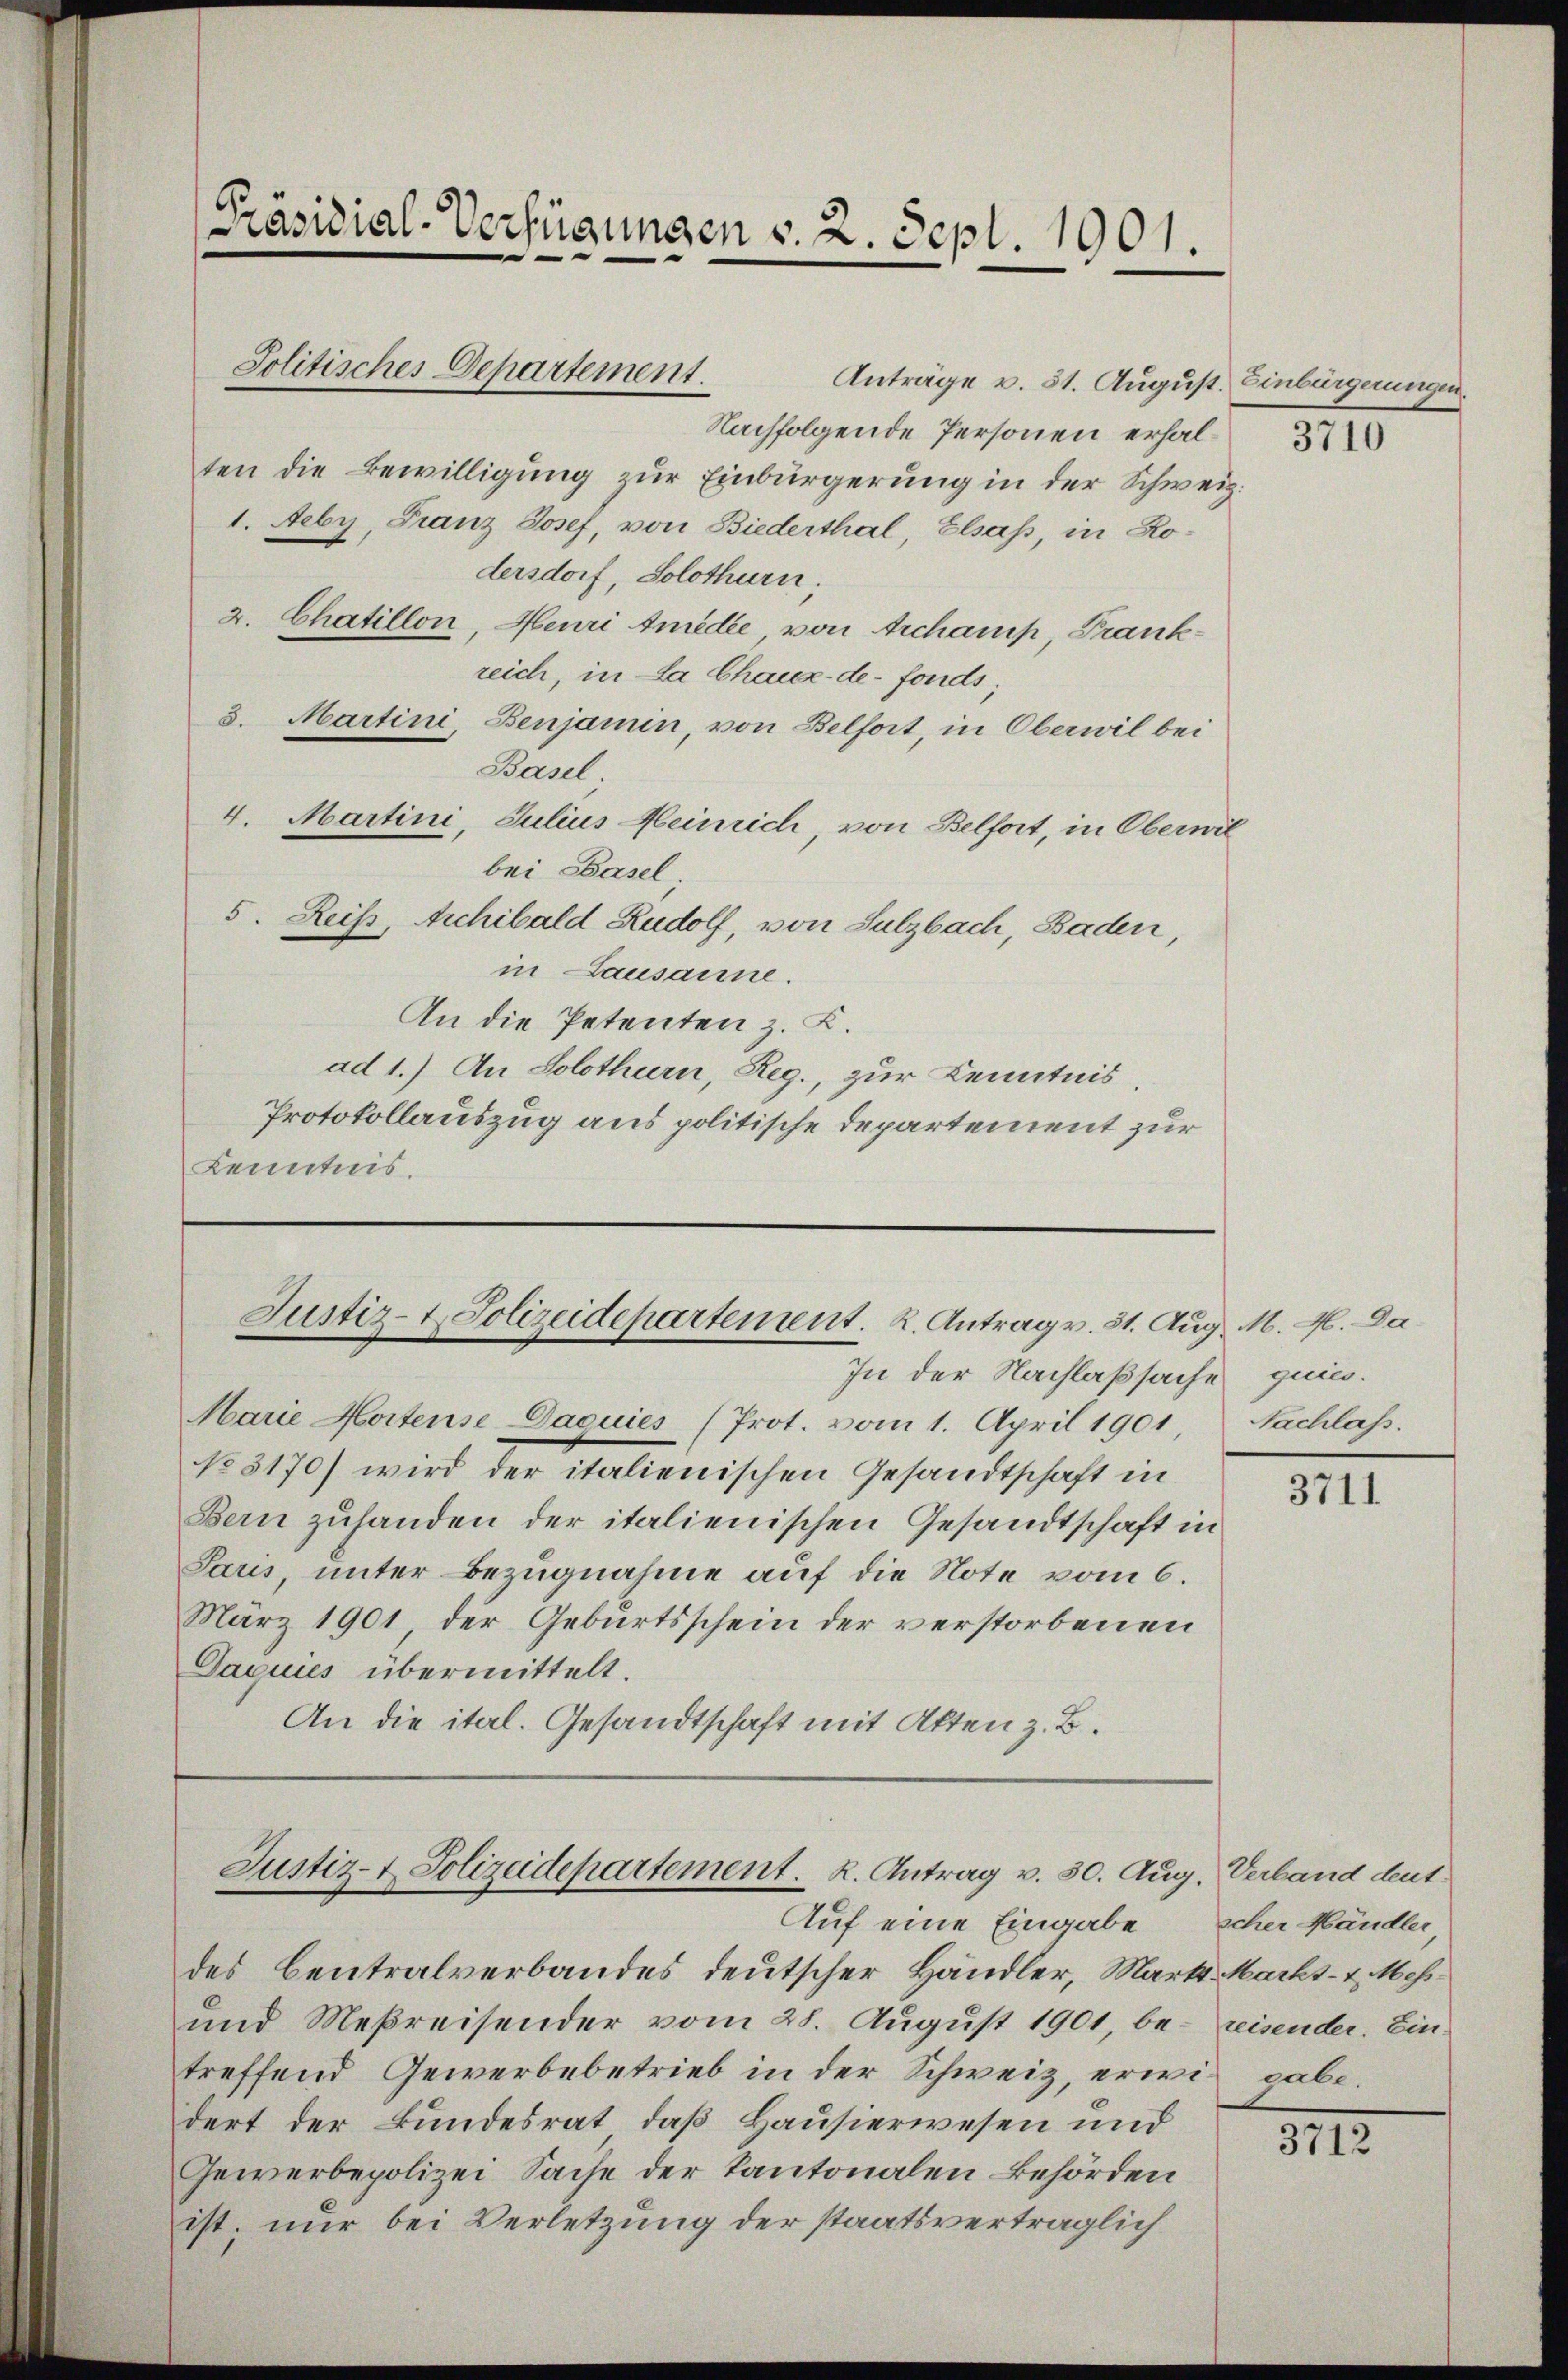
Präsidial-Verfügungen v. 2. Sept. 1001.

Anträge v. 31. August. Einbürgerungen.
Nachfolgende Personen erhalten die Bewilligung zur Einbürgerung in der Schweiz.
1. Neby, Franz Josef, von Biederthal Elsass, in Rodersdorf, Solothurn,
2. Chatillon, Meuri Amidee von Archamp, Frankreich, in La Chaux-de-Fonds,
8. Martini, Benjamin, von Belfort, in Oberwil bei
Basel.
4. Martini, Julius Heinrich, von Belfort, in Obernil
bei Basel
5. Reis, Archibald Rudolf, von Sulzbach, Baden,
in Lausanne.
An die Petenten z. K.
ad 1.) An Solothurn, Reg., zur Kenntnis
Protokollauszug aus politische Departement zur
Kenntnis.

Politisches Departement.

Marie Mortense Dacuiés (Prot. vom 1. April 1901,
No 3170) wird der italienischen Gesandtschaft in
Bern zuhanden der italienischen Gesandtschaft in
Paris, unter Bezugnahme auf die Note vom 6.
März 1901 der Geburtsschein der verstorbenen
Daquies übermittelt.
An die ital. Gesandtschaft mit Akten z. B.

Justiz- & Polizeidepartement. K. Antrag v. 31. Aug. M. M. Da
In der Nachlaßsache

des Centralverbandes deutscher Händler, Mart. Markt- u. Mehr¬
und Meßreisender vom 28. August 1901, be- reisender. Ein-
treffend Gewerbebetrieb in der Schweiz, erwin gabe.
dert der Bundesrat, daß Hausierwesen und
Gewerbepolizei Sache der Kantonalen Behörden
ist; nur bei Verletzung der staatsverträglich

Justiz- & Polizeidepartement. R. Antrag v. 30. Aug. Verband deut
Auf eine Eingabe

3710

que.
Nachlass.

3711

scher Händler

3112.